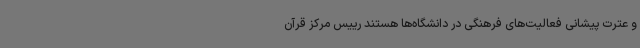
و عترت پیشانی فعالیت‌های فرهنگی در دانشگاه‌ها هستند رییس مرکز قرآن